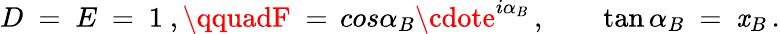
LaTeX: D\ =\ E\ =\ 1\ ,\qquadF\ =\, cos\alpha_{B}\cdote^{i\alpha_{B}}\, ,\qquad\tan\alpha_{B}\ =\ \mathit{x}_{B}\, .